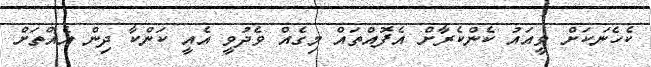
ކެހެނަކަށް ވީއައު ކެންކެރާށް އެފޮއްތައް މިގެއް ވެދުވީ އެއީ ކަންކާ ދިން އެއްތަށް